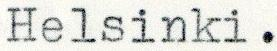
Helsinki.